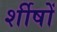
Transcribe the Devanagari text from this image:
र्शीषों